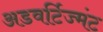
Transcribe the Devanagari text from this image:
अडवर्टिज्मंट